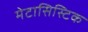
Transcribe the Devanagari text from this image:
मेटासिस्टिक